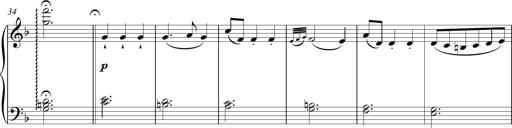
Title: Sonatina Vienesa al estilo de J.Haydn
Composer: JosÃ© RamÃ³n HernÃ¡ndez Bellido